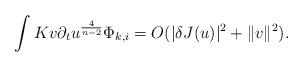
LaTeX: \begin{align*}\int Kv\partial_{t}& u^{\frac{4}{n-2}}\Phi_{k,i}=O(\vert \delta J(u)\vert^{2}+\Vert v \Vert^{2}).\end{align*}